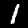
Digit: 1